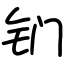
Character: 钔